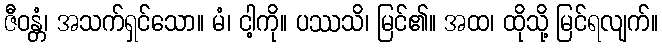
ဇီဝန္တံ၊ အသက်ရှင်သော။ မံ၊ ငါ့ကို။ ပဿသိ၊ မြင်၏။ အထ၊ ထိုသို့ မြင်ရလျက်။